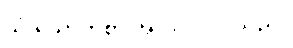
သုံးယောက်စာ အလုပ် လုပ်သည်။